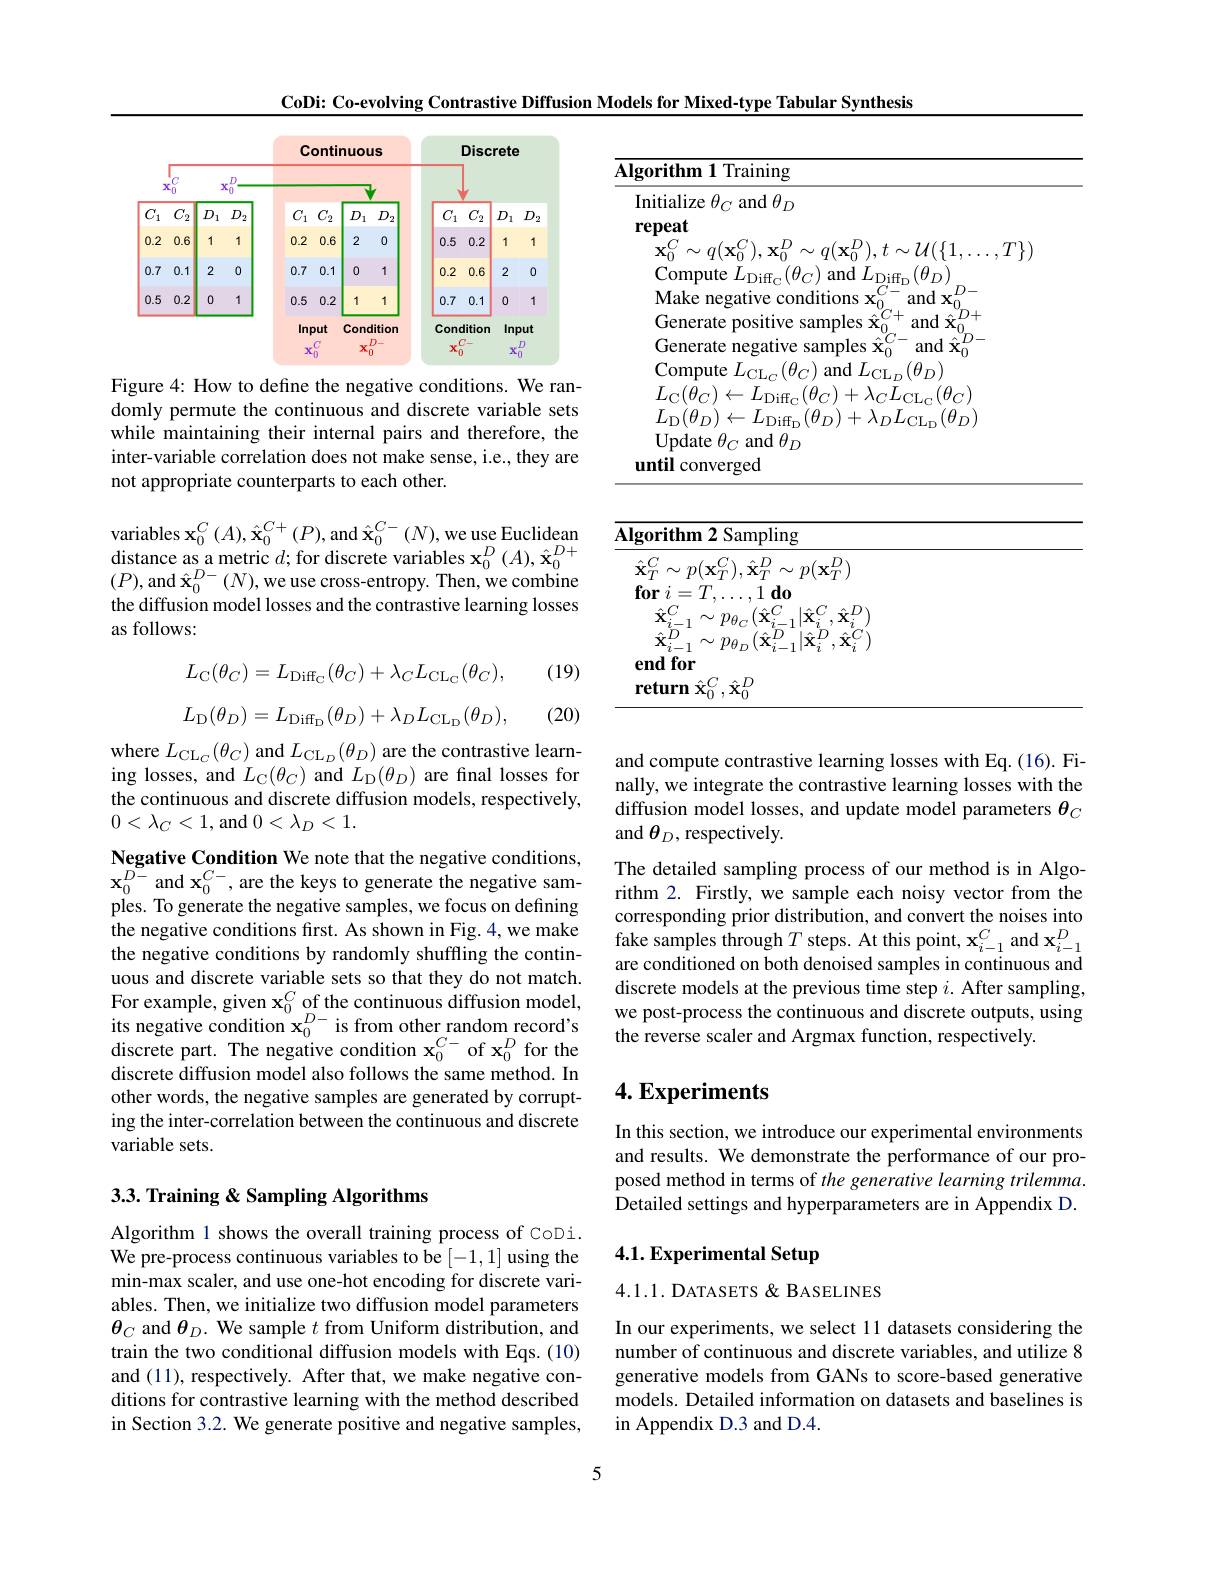
CoDi: Co-evolving Contrastive Diffusion Models for Mixed-type Tabular Synthesis

<FigureHere>

Figure 4: How to define the negative conditions. We randomly permute the continuous and discrete variable sets while maintaining their internal pairs and therefore, the inter-variable correlation does not make sense, i.e., they are not appropriate counterparts to each other.

variables $\mathbf{x}_0^C\left(A\right),\hat{\mathbf{x}}_0^{C+}\left(P\right)$,and $\hat{\mathbf{x}}_0^{C-}\left(N\right)$,we use Euclidean distance as a metric $d;$ for discrete $(P)$,and$\hat{\mathbf{x}}_0^{D-}(N)$,we use cro the diffusion model losses and the contrastive learning losses as follows:

(19)
$$L_{\mathrm{C}}(\theta_{C})=L_{\mathrm{Diff_{C}}}(\theta_{C})+\lambda_{C}L_{\mathrm{CL_{C}}}(\theta_{C}),$$
$$L_{\mathrm{D}}(\theta_{D})=L_{\mathrm{Diff_{D}}}(\theta_{D})+\lambda_{D}L_{\mathrm{CL_{D}}}(\theta_{D}),$$
(20)

where $L_{\mathrm{CL}_{C}}(\theta_{C})$ and $L_{\mathrm{C}}$ ing losses, and $L_{\mathrm{C}}(\theta_{C})$ and $L_{\mathrm{D}}(\theta_{D})$ are final losses for the continuous and discrete diffusion models, respectively, $0<\lambda_{C}<1$,and$0<\lambda_D<1.$

Negative Condition We note that the negative conditions, $\mathbf{x}_{0}^{D-}$ and $\mathbf{x}_0^{C-}$, are t ples. To generate the negative samples, we focus on defining the negative conditions first. As shown in Fig. 4, we make the negative conditions by randomly shuffling the continuous and discrete variable sets so that they do not match. For example, given $\mathbf{x}_0^C$ of the continuous diffusion model, its negative condition $\mathbf{x} _{0}^{D- }$ is from other random record' s discrete part. The negative condition $\mathbf{x} _{0}^{C- }\mathrm{~of~x}_{0}^{D}$ for the discrete diffusion model also follows the same method. In other words, the negative samples are ing the inter-correlation between the continuous and discrete variable sets.

## 3.3. Training & Sampling Algorithms

Algorithm 1 shows the overall training process of CoDi. We pre-process continuous variables to be [-1,1] using the min-max scaler, and use one-hot encodi ables. Then, we initialize two diffusion model parameters $\theta_C$ and $\theta_D.$ We sample $t$ from Uniform distribution, and train the two conditional diffusion mo and (11), respectively. After that, we make negative conditions for contrastive learning with the method described in Section 3.2. We generate positive and negative samples,

<table>
	<tbody>
		<tr>
			<td>$A$</td>
		</tr>
		<tr>
			<td> </td>
		</tr>
	</tbody>
</table>

<table>
	<tbody>
		<tr>
			<th>Algorithm 2 Sampling</th>
			<th> </th>
		</tr>
		<tr>
			<td>return $\hat{\mathbf{x}}_0^C,\hat{\mathbf{x}}_0^D$</td>
			<td> </td>
		</tr>
	</tbody>
</table>

and compute contrastive learning losses with Eq. (16). Finally, we integrate the contrastive learning losses with the diffusion model losses, and update mod and $\theta_D$,respectively.
The detailed sampling process of our method is in Algorithm 2. Firstly, we sample each noisy corresponding prior distribution, and convert the noises into fake samples through $T$ steps. At thi are conditioned on both denoised samples in continuous and discrete models at the previous time s we post-process the continuous and discrete outputs, using the reverse scaler and Argmax function, respectively.

## $4. \textbf{Experiments}$

In this section, we introduce our experimental environments and results. We demonstrate the perfor posed method in terms of the generative learning trilemma $\hat{\text{Detailed settings and hyperparameters are in Appendix D}}.$

## 4.1. Experimental Setup

4.1.1. DATASETS & BASELINES

In our experiments, we select 11 datasets considering the number of continuous and discrete variables, and utilize 8 generative models from GANs to score-based generative models. Detailed information on datasets and baselines is in Appendix D.3 and D.4.

5